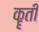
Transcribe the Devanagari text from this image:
कॄती